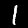
Digit: 1